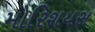
મોરિશયસ